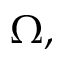
\Omega ,